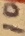
Text: 10